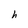
Character: h